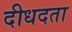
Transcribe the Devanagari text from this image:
दीधदता